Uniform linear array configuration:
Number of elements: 24
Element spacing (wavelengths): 1
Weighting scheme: blackman
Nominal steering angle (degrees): -60
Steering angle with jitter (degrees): -59.309
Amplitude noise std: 0.05
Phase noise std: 0.05

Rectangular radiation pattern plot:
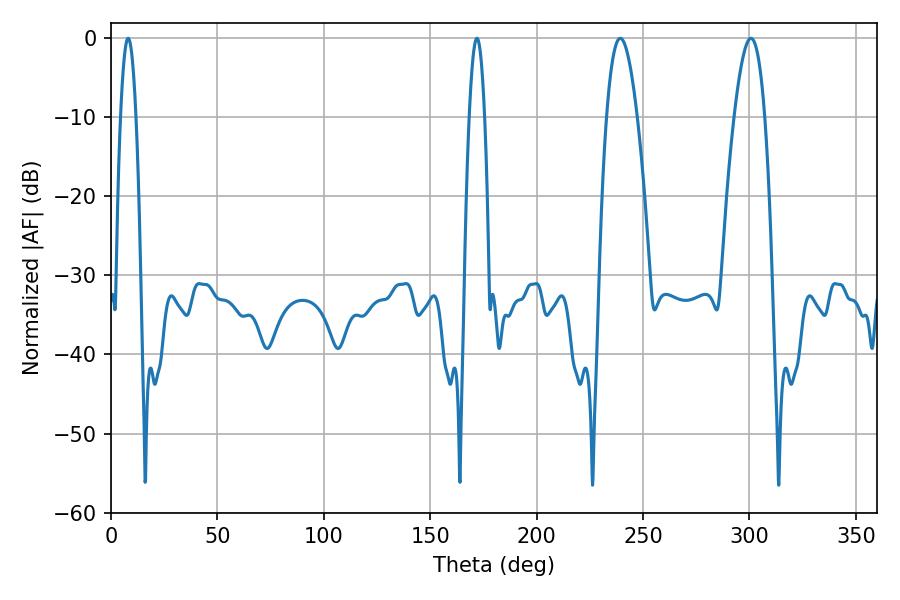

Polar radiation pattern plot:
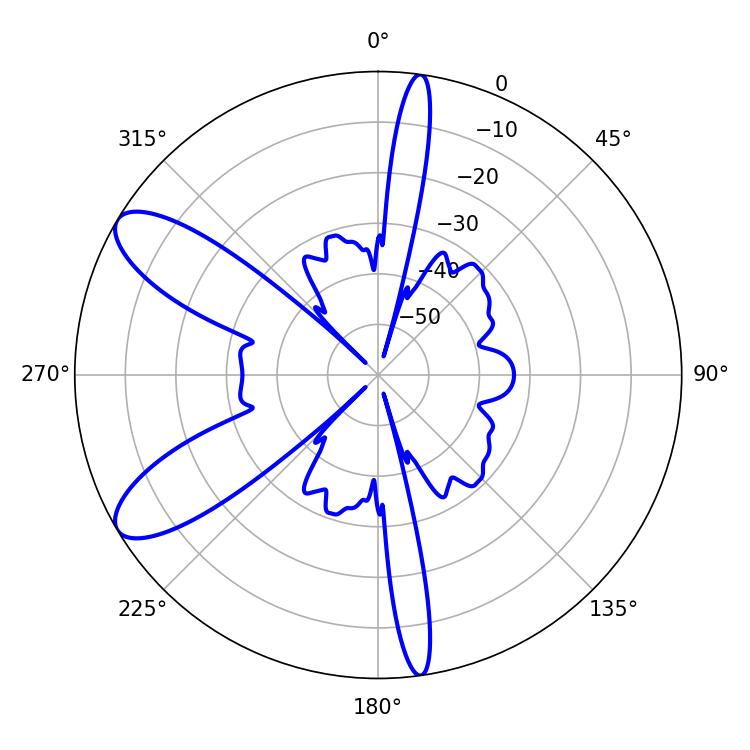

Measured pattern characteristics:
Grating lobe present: TRUE
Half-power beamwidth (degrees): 7.92
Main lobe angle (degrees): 239.22